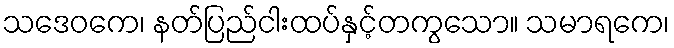
သဒေဝကေ၊ နတ်ပြည်ငါးထပ်နှင့်တကွသော။ သမာရကေ၊